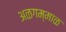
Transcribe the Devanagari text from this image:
अळगम्माळ